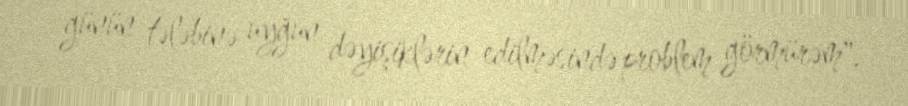
günün tələbinə uyğun dəyişiklərin edilməsində problem görmürəm".